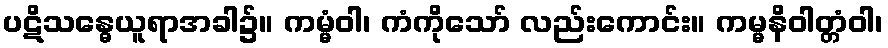
ပဋိသန္ဓေယူရာအခါ၌။ ကမ္မံဝါ၊ ကံကိုသော် လည်းကောင်း။ ကမ္မနိဝါတ္တံဝါ၊